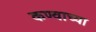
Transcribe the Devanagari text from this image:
कण्वाच्या